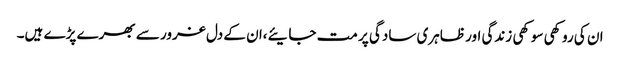
ان کی روکھی سوکھی زندگی اور ظاہری سادگی پر مت جایئے،ان کے دل غرور سے بھرے پڑے ہیں۔